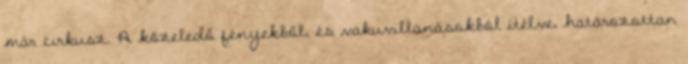
már cirkusz. A közeledő fényekből, és vakuvillanásokból ítélve, határozottan